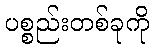
ပစ္စည်းတစ်ခုကို